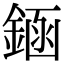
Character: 䤴